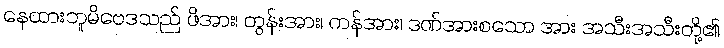
နေထားဘူမိဗေဒသည် ဖိအား၊ တွန်းအား၊ ကန်အား၊ ဒဏ်အားစသော အား အသီးအသီးတို့၏